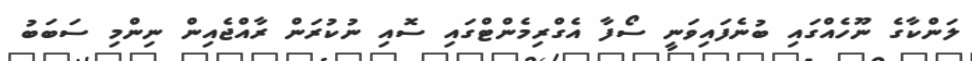
ލަންކާގެ ނޫހެއްގައި ބުނެފައިވަނީ ސޯފާ އެގްރިމެންޓްގައި ސޮއި ނުކުރަން ރާއްޖެއިން ނިންމި ސަބަބު